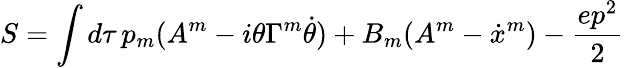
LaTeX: S=\int d\tau\, p_{m}(A^{m}-i\theta\Gamma^{m}\dot{\theta})+B_{m}(A^{m}-\dot{x}^{m})-\frac{ep^{2}}{2}